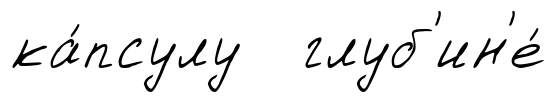
ка́псулу глуб'ин'е́